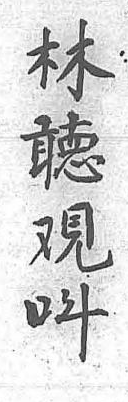
林聽覌呌